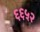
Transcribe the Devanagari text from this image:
६६५२